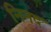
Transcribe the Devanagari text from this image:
निनद